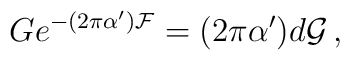
G e^{-(2\pi\alpha^{\prime}){\cal F}} =(2\pi\alpha^{\prime})d{\cal G}\, ,